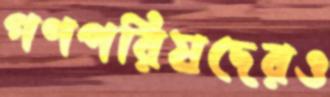
গণপরিষদেরও